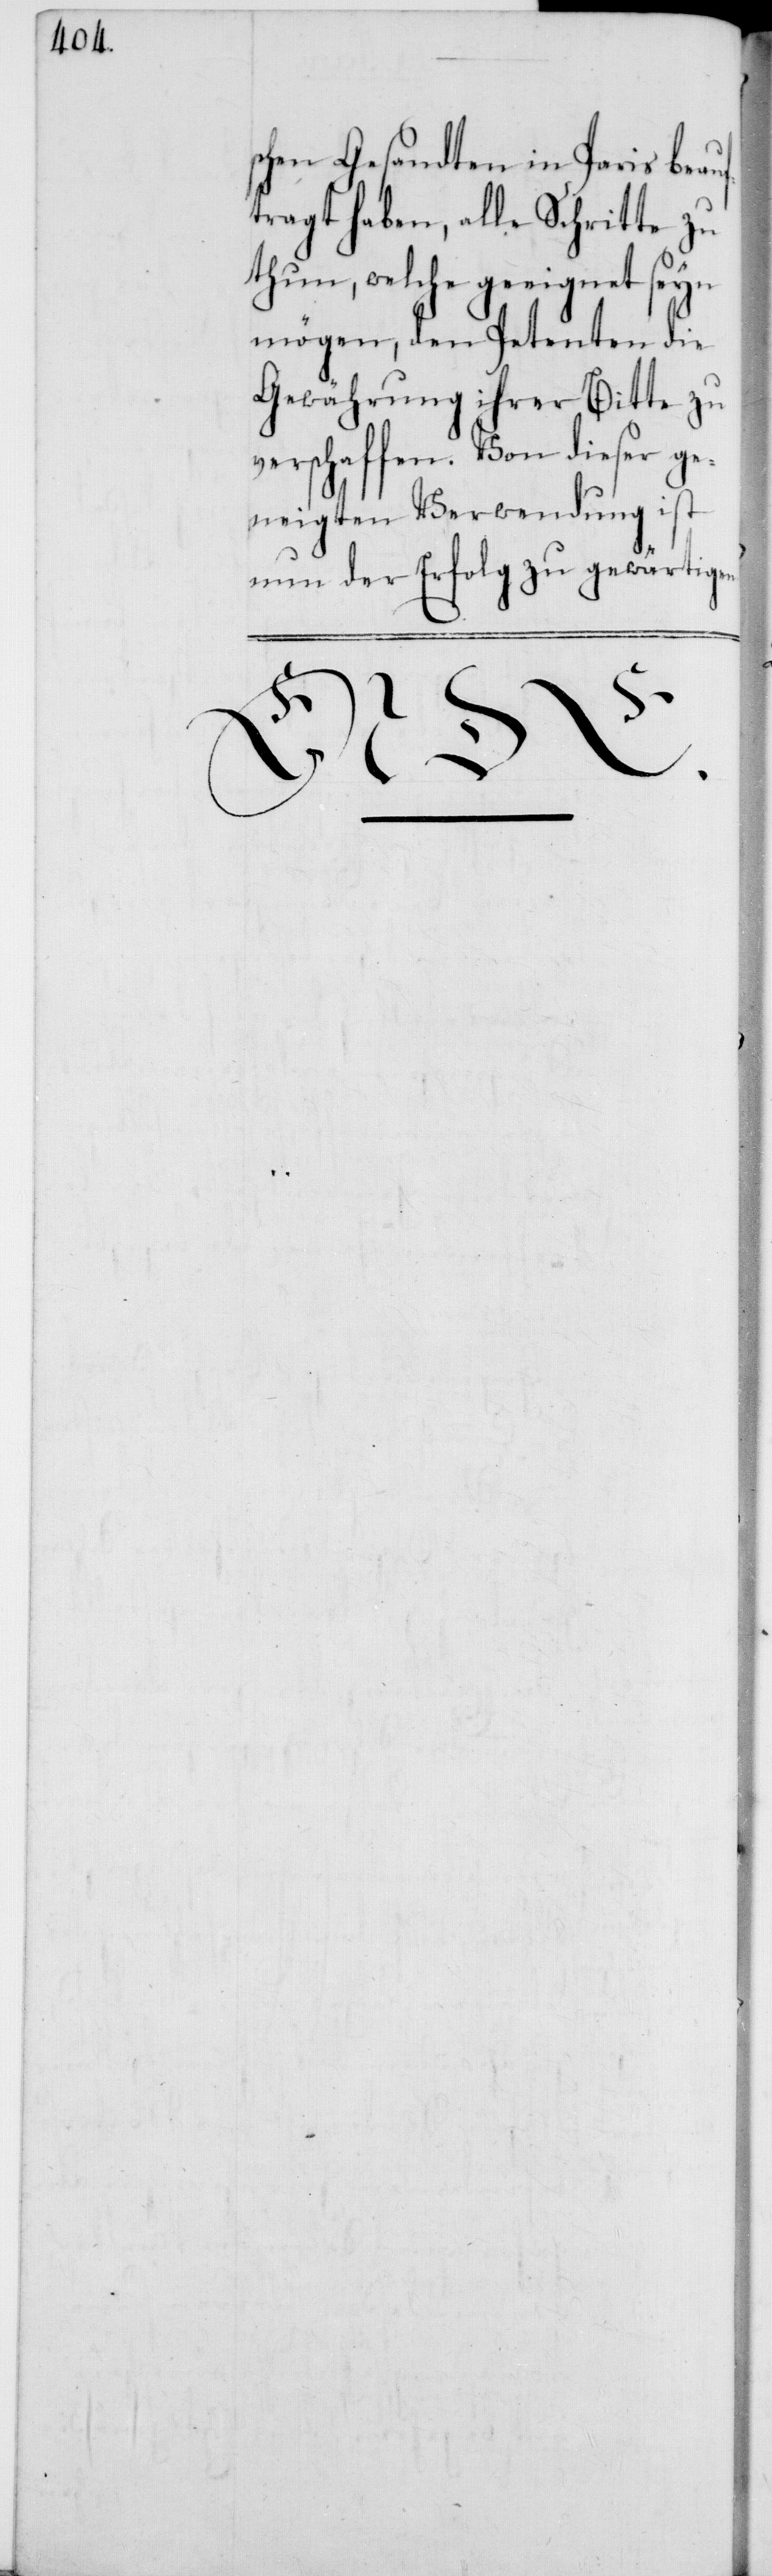
chen Gesandten in Paris beauf¬
tragt haben, alle Schritte zu
thun, welche geeignet seyn
mögen, den Petenten die
Gewährung ihrer Bitte zu
verschaffen. Von dieser ge¬
neigten Verwendung ist
nun der Erfolg zu gewärtige¬
n.
s¬